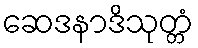
ဆေဒနာဒိသုတ္တံ